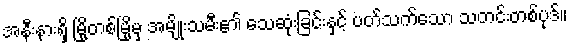
အနီးနားရှိ မြို့တစ်မြို့မှ အမျိုးသမီး၏ သေဆုံးခြင်းနှင့် ပတ်သက်သော သတင်းတစ်ပုဒ်။